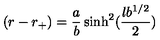
( r - r _ { + } ) = { \frac { a } { b } } \sinh ^ { 2 } ( { \frac { l b ^ { 1 / 2 } } { 2 } } )